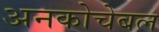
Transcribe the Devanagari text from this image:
अनकोचेबल